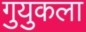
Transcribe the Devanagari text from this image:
गुयुकला